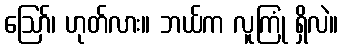
ဪ၊ ဟုတ်လား။ ဘယ်က လူကြုံ ရှိလဲ။